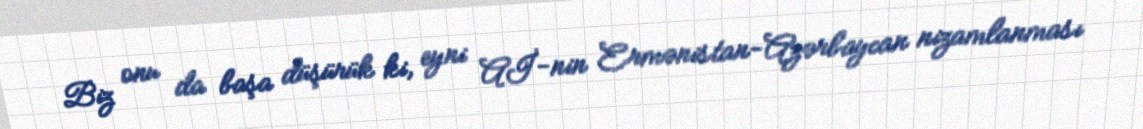
Biz onu da başa düşürük ki, eyni Aİ-nin Ermənistan-Azərbaycan nizamlanması